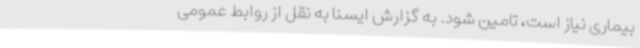
بیماری نیاز است، تامین شود. به گزارش ایسنا به نقل از روابط عمومی